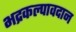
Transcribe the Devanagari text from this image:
भद्रकल्पावदान